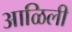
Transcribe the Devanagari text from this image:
आळिली